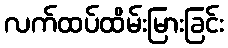
လက်ထပ်ထိမ်းမြားခြင်း